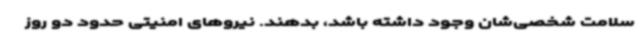
سلامت شخصی‌شان وجود داشته باشد، بدهند. نیروهای امنیتی حدود دو روز